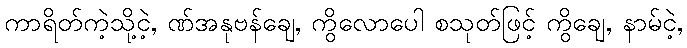
ကာရိတ်ကဲ့သို့ငဲ့, ဏ်အနုဗန်ချေ, ကွိလောပေါ စသုတ်ဖြင့် ကွိချေ, နာမ်ငဲ့,